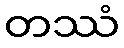
တဿံ